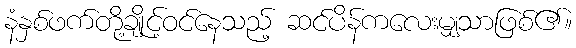
နံနှစ်ဖက်တို့ချိုင့်ဝင်နေသည့် ဆင်ပိန်ကလေးမျှသာဖြစ်၏။